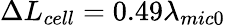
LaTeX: \Delta{{L}_{cell}}=0.49{{\lambda}_{mic0}}